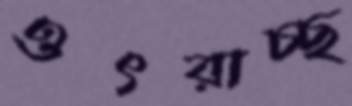
ওৎরাচ্ছ